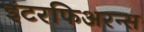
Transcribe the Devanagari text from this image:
इंटरफिअरन्स